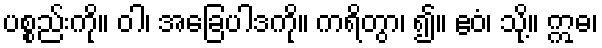
ပစ္စည်းကို။ ဝါ၊ အခြေပါဒကို။ ကရိတွာ၊ ၍။ ဧဝံ၊ သို့။ ဣဓ၊